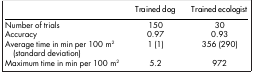
<table><thead><tr><td><b> </b></td><td><b>Trained dog</b></td><td><b>Trained ecologist</b></td></tr></thead><tbody><tr><td>Number of trials</td><td>150</td><td>30</td></tr><tr><td>Accuracy</td><td>0.97</td><td>0.93</td></tr><tr><td>Average time in min per 100 m<sup>2</sup> (standard deviation)</td><td>1 (1)</td><td>356 (290)</td></tr><tr><td>Maximum time in min per 100 m<sup>2</sup></td><td>5.2</td><td>972</td></tr></tbody></table>